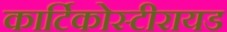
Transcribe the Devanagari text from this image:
कार्टिकोस्टीरायड